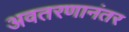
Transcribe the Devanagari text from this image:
अवतरणानंतर